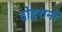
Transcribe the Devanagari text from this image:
दोहरानों